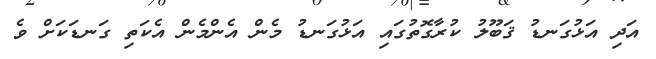
އަދި އަޅުގަނޑު ޤަބޫލު ކުރާގޮތުގައި އަޅުގަނޑު މެން އެންމެން އެކަތި ގަނޑަކަށް ވެ